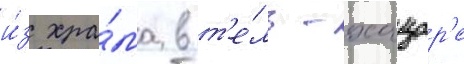
и́з хра́ма в т'е́ль-хацор'е